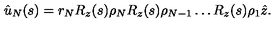
\hat { u } _ { N } ( s ) = r _ { N } R _ { z } ( s ) \rho _ { N } R _ { z } ( s ) \rho _ { N - 1 } \dots R _ { z } ( s ) \rho _ { 1 } \hat { z } .